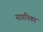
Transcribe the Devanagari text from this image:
नागनिका